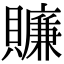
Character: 𧸖